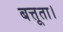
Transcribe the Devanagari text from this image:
बत्तूता।